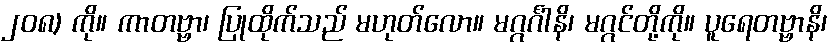
၂၀၈) ကို။ ကာတဗ္ဗာ၊ ပြုထိုက်သည် မဟုတ်လော။ မဂ္ဂင်္ဂါနိ၊ မဂ္ဂင်တို့ကို။ ပူရေတဗ္ဗာနိ၊